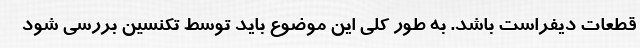
قطعات دیفراست باشد. به طور کلی این موضوع باید توسط تکنسین بررسی شود